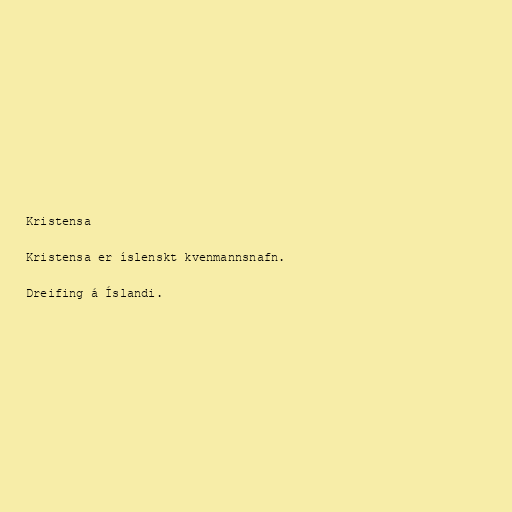
Kristensa

Kristensa er íslenskt kvenmannsnafn.

Dreifing á Íslandi.